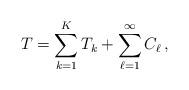
LaTeX: \begin{align*}T=\sum_{k=1}^K T_k +\sum_{\ell=1}^{\infty} C_\ell\,,\end{align*}